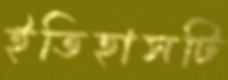
ইতিহাসটি